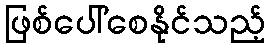
ဖြစ်ပေါ်စေနိုင်သည့်